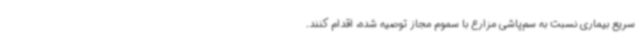
سریع بیماری نسبت به سم‌پاشی مزارع با سموم مجاز توصیه شده، اقدام کنند.